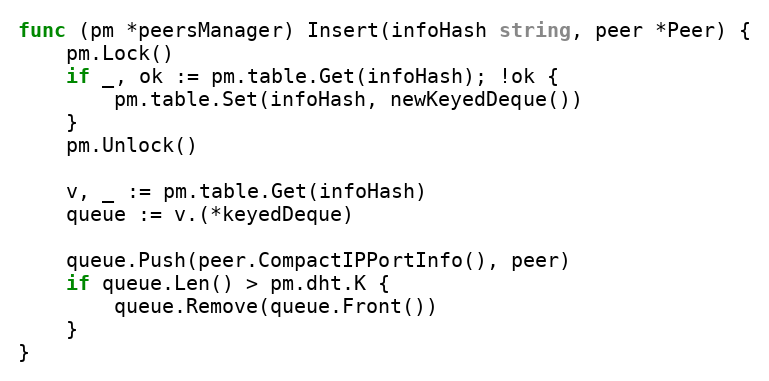
Language: Go
func (pm *peersManager) Insert(infoHash string, peer *Peer) {
	pm.Lock()
	if _, ok := pm.table.Get(infoHash); !ok {
		pm.table.Set(infoHash, newKeyedDeque())
	}
	pm.Unlock()

	v, _ := pm.table.Get(infoHash)
	queue := v.(*keyedDeque)

	queue.Push(peer.CompactIPPortInfo(), peer)
	if queue.Len() > pm.dht.K {
		queue.Remove(queue.Front())
	}
}